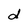
Character: d